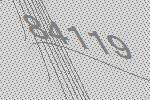
84119